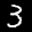
Label: 3